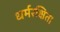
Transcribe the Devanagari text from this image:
धर्मरक्षित।